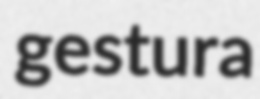
gestura